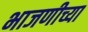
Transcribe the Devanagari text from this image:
भाजणीच्या